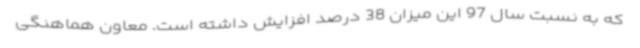
که به نسبت سال 97 این میزان 38 درصد افزایش داشته است. معاون هماهنگی